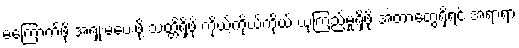
မကြောက်ဖို့ အရှုံးမပေးဖို့ သတ္တိရှိဖို့ ကိုယ့်ကိုယ်ကိုယ် ယုံကြည်မှုရှိဖို့ အဲ့တာတွေရှိရင် အရာရာ